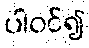
ပါဝင်၍